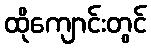
ထိုကျောင်းတွင်